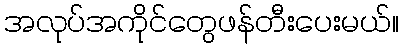
အလုပ်အကိုင်တွေဖန်တီးပေးမယ်။